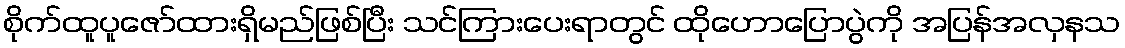
စိုက်ထူပူဇော်ထားရှိမည်ဖြစ်ပြီး သင်ကြားပေးရာတွင် ထိုဟောပြောပွဲကို အပြန်အလှနသ